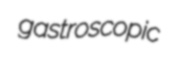
gastroscopic